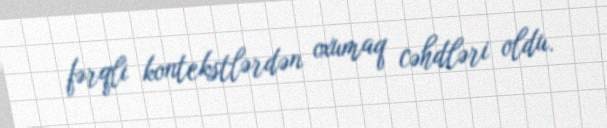
fərqli kontekstlərdən oxumaq cəhdləri oldu.